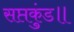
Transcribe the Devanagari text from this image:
सप्तकुंड॥